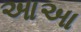
આઆ